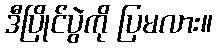
ဒီပြိုင်ပွဲကို ပြမလား။